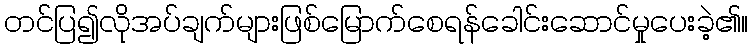
တင်ပြ၍လိုအပ်ချက်များဖြစ်မြောက်စေရန်ခေါင်းဆောင်မှုပေးခဲ့၏။